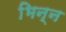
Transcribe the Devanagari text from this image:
भिन्न